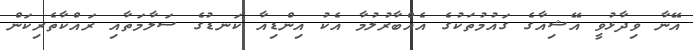
އޭނާ ވިދާޅުވީ އޭޝިއާގެ ގައުމުތަކުގެ އެއްބާރުލުމާ އެކު އިންޑިއާ ކަނޑުގެ ސަލާމަތާއި ރައްކާތެރިކަން